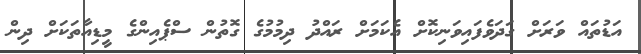
އަޑުތައް ވަރަށް ގަދަވެފައިވަނިކޮށް އެކަމަށް ރައްދު ދިމުމުގެ ގޮތުން ސްޕެއިންގެ މީޑިއާތަކަށް ދިން